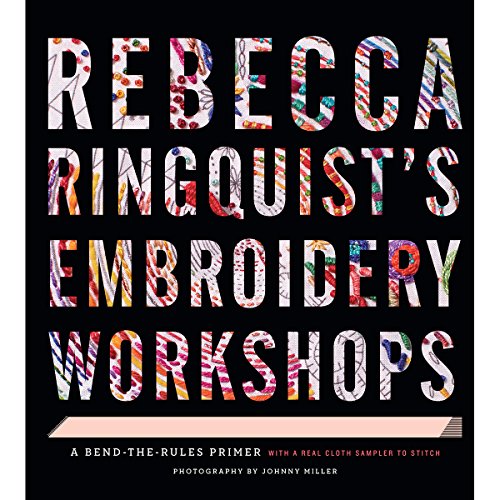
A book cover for Rebecca RingquistEEs Embroidery Workshops: A Bend-the-Rules Primer; Rebecca Ringquist; Crafts, Hobbies & Home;